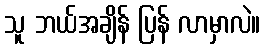
သူ ဘယ်အချိန် ပြန် လာမှာလဲ။